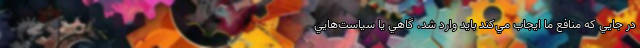
در جايي که منافع ما ايجاب مي‌کند بايد وارد شد. گاهي يا سياست‌هايي